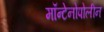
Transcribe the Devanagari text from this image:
मॉन्टेनोपोलीन